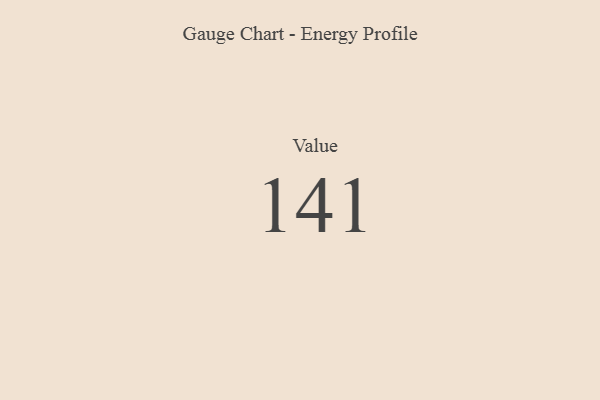
{"axis": {"x": "Metric", "y": "Value"}, "legend": [""], "data": [{"x": "Value", "y": 141, "type": ""}]}